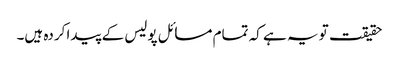
حقیقت تو یہ ہے کہ تمام مسائل پولیس کے پیدا کردہ ہیں۔